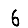
Digit: 6